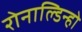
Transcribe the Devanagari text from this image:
रोनाल्‍डिन्‍हो